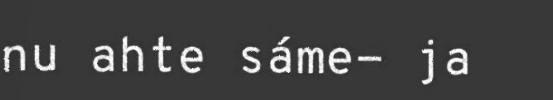
nu ahte sáme- ja